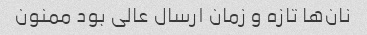
نان‌ها تازه و زمان ارسال عالی بود ممنون